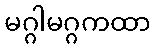
မဂ္ဂါမဂ္ဂကထာ